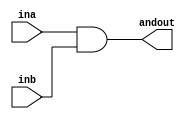
module andout_1(andout,ina,inb);
	input ina,inb;
	output andout;
	assign andout=ina&inb;//
endmodule

module ex_arrey(out,a,b);
	input [15:0] a,b;
	output [15:0] out;
	wire [15:0] out;//
	andout_1 U1[15:0] (out,a,b);//
endmodule